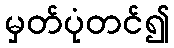
မှတ်ပုံတင်၍